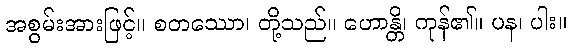
အစွမ်းအားဖြင့်။ စတဿော၊ တို့သည်။ ဟောန္တိ၊ ကုန်၏။ ပန၊ ပါး။